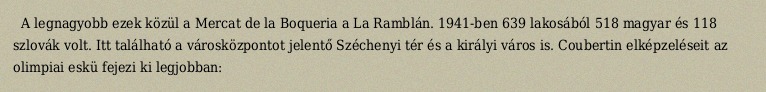
A legnagyobb ezek közül a Mercat de la Boqueria a La Ramblán. 1941-ben 639 lakosából 518 magyar és 118 szlovák volt. Itt található a városközpontot jelentő Széchenyi tér és a királyi város is. Coubertin elképzeléseit az olimpiai eskü fejezi ki legjobban: